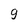
Character: g